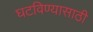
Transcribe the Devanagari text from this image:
घटविण्यासाठी